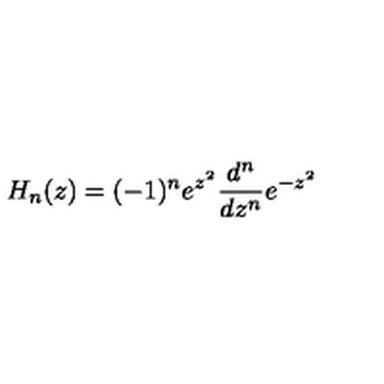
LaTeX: H _ { n } ( z ) = ( - 1 ) ^ { n } e ^ { z ^ { 2 } } \frac { d ^ { n } } { d z ^ { n } } e ^ { - z ^ { 2 } }